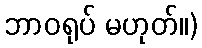
ဘာဝရုပ် မဟုတ်။)